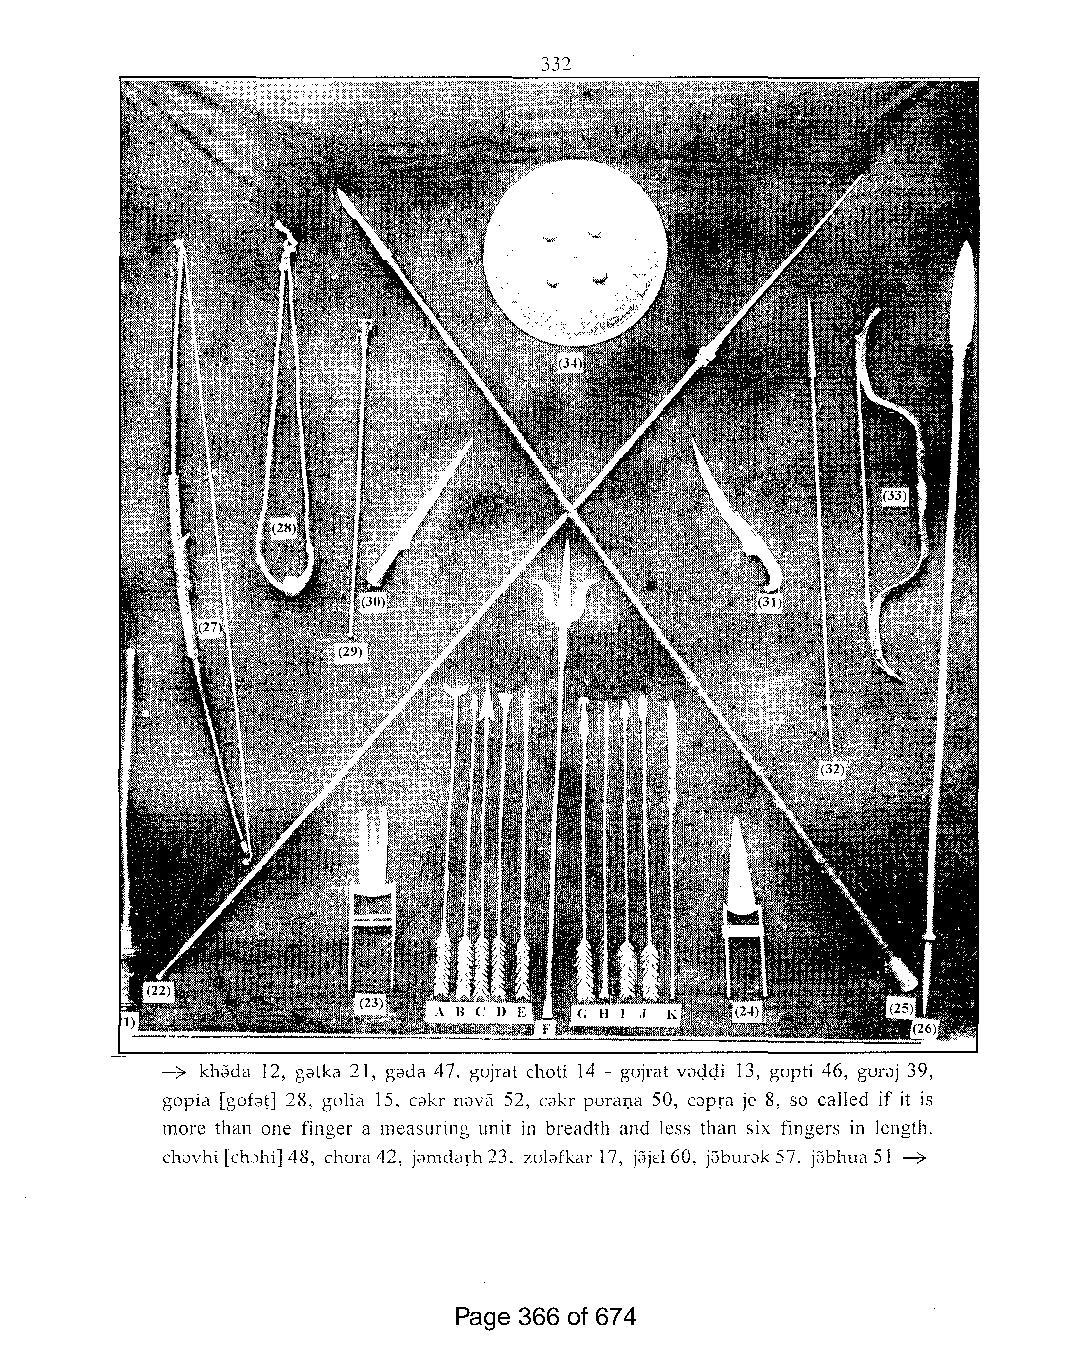
332
 -7 khada 12, gatka 21, gada 47, gujrat choti 14 - gujrat vac;lc;li 13, gupti 46, guraj 39,
 gopia [gofatl 28, golia 15, cakr naVEl 52, cakr puraDa 50, capra je 8, so called if it is
 more than one finger a measuring unit in breadth and less than six fingers in length.
 chavhi[ch:Jhi]48, chura42, jdmdarh23, zubfkar 17, jajd60, jaburak57, jabhua51 -7
 Page 366 of 674